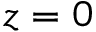
z = 0